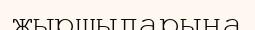
жыршыларына